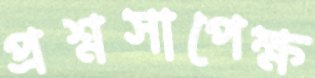
প্রশ্নসাপেক্ষ